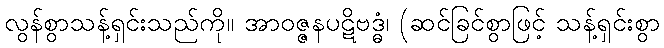
လွန်စွာသန့်ရှင်းသည်ကို။ အာဝဇ္ဇနပဋိဗဒ္ဓံ၊ (ဆင်ခြင်စွာဖြင့် သန့်ရှင်းစွာ